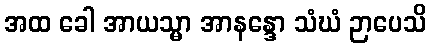
အထ ခေါ အာယသ္မာ အာနန္ဒော သံဃံ ဉာပေသိ